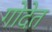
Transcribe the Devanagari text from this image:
गोदेत